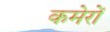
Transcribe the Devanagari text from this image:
कमेरों